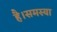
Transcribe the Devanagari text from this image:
है।समस्या